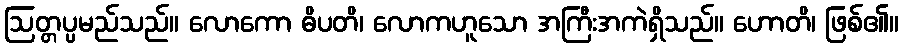
ဩတ္တပ္ပမည်သည်။ လောကော ဓိပတိ၊ လောကဟူသော အကြီးအကဲရှိသည်။ ဟောတိ၊ ဖြစ်၏။